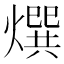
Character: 㷷